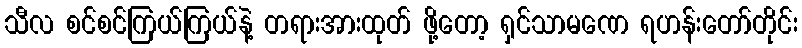
သီလ စင်စင်ကြယ်ကြယ်နဲ့ တရားအားထုတ် ဖို့တော့ ရှင်သာမဏေ ရဟန်းတော်တိုင်း